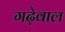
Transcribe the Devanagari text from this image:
गढ़ेवाल